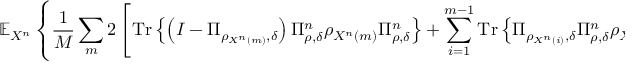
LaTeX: \mathbb { E } _ { X ^ { n } } \left\{ { \frac { 1 } { M } } \sum _ { m } 2 \left[ { \mathrm { T r } } \left\{ \left( I - \Pi _ { \rho _ { X ^ { n } \left( m \right) } , \delta } \right) \Pi _ { \rho , \delta } ^ { n } \rho _ { X ^ { n } \left( m \right) } \Pi _ { \rho , \delta } ^ { n } \right\} + \sum _ { i = 1 } ^ { m - 1 } { \mathrm { T r } } \left\{ \Pi _ { \rho _ { X ^ { n } \left( i \right) } , \delta } \Pi _ { \rho , \delta } ^ { n } \rho _ { X ^ { n } \left( m \right) } \Pi _ { \rho , \delta } ^ { n } \right\} \right] ^ { 1 / 2 } \right\} .